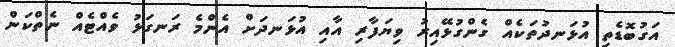
އަގުބޮޑެތި އުޅަނދުތަކެއް ގެންގުޅޭއިރު ވިޔަފާރި އާއި އުޅަނދަށް އެންމެ ރަނގަޅު ވެއްޓެއް ނެތްކަން